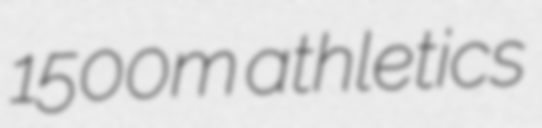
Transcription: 1500m athletics